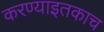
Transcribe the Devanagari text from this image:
करण्याइतकाच